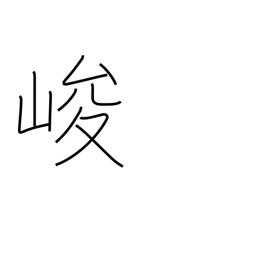
Meaning: steep